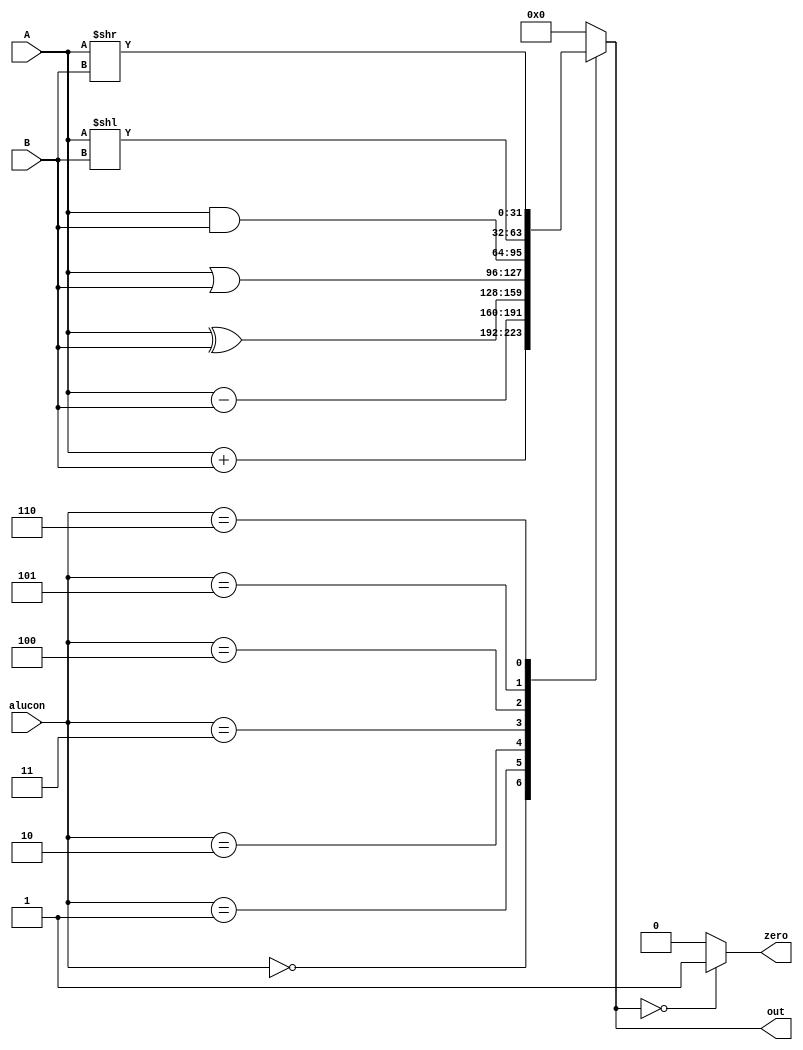
module alu(input wire [31:0] A, input wire [31:0] B,input wire [3:0] alucon,output reg [31:0] out,output reg zero);

always @(A,B,alucon) 
begin
 
    case (alucon)
    4'b0000:out = A + B;
    4'b0001:out = A - B;
    4'b0010:out = A ^ B;
    4'b0011:out = A | B;
    4'b0100:out = A & B;
    4'b0101:out = A << B;
    4'b0110:out = A >> B;
default:out=0;    
    endcase

    zero = (out == 0) ? 1'b1 : 1'b0;
end
endmodule